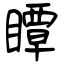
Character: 瞫